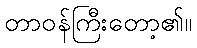
တာဝန်ကြီးတော့၏။